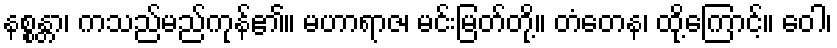
နစ္စန္တာ၊ ကသည်မည်ကုန်၏။ မဟာရာဇ၊ မင်းမြတ်တို့။ တံတေန၊ ထို့ကြောင့်။ ဝေါ၊